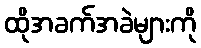
ထိုအခက်အခဲများကို